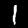
Digit: 1